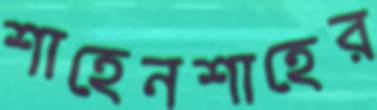
শাহেনশাহের